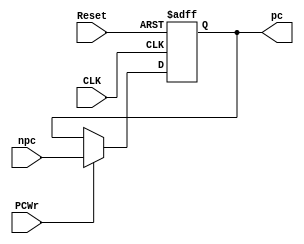
`timescale 1ns / 1ps
//////////////////////////////////////////////////////////////////////////////////
// Company: 
// Engineer: 
// 
// Design Name: 
// Module Name: PC
// Project Name: 
// Target Devices: 
// Tool Versions: 
// Description: 
// 
// Dependencies: 
// 
// Revision:
// Revision 0.01 - File Created
// Additional Comments:
// 
//////////////////////////////////////////////////////////////////////////////////

//PC
module PC(npc,PCWr,CLK,Reset,pc);//
         input [31:0] npc; //
         input PCWr; //PC  
         input CLK,Reset; 
         output reg [31:0] pc;  //     
    always @(posedge CLK or posedge Reset)  //Reset
       begin 
          if(Reset==1) pc<=32'b0;//320
          else  
          begin 
          if(PCWr==0) pc<=pc;//
          else pc<=npc;//
          end
    end   
endmodule